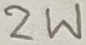
Text: 2W